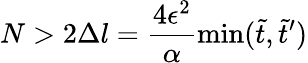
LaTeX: N>2\Delta l=\frac{4\epsilon^{2}}{\alpha}\operatorname*{min}(\tilde{t},\tilde{t}^{\prime})